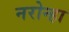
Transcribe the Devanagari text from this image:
नरोन्हा